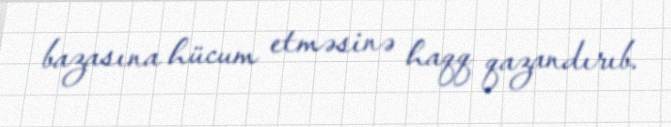
bazasına hücum etməsinə haqq qazandırıb.